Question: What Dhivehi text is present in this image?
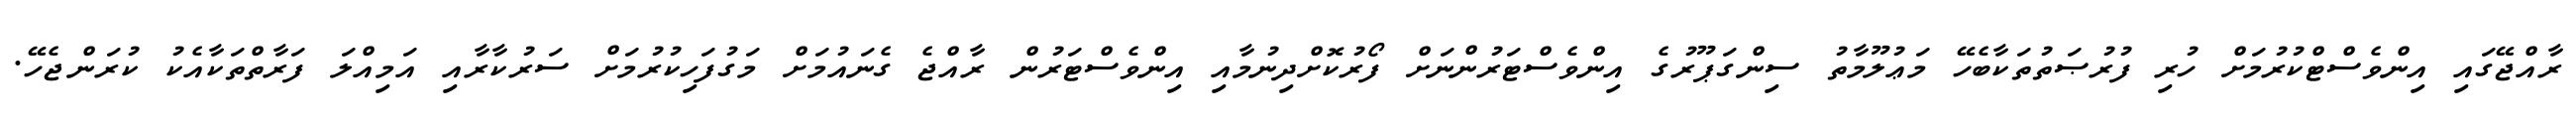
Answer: ރާއްޖޭގައި އިންވެސްޓްކުރުމަށް ހުރި ފުރުޞަތުތަކާބެހޭ މަޢުލޫމާތު ސިންގަޕޫރުގެ އިންވެސްޓަރުންނަށް ފޯރުކޮށްދިނުމާއި އިންވެސްޓަރުން ރާއްޖެ ގެނައުމަށް މަގުފަހިކުރުމަށް ސަރުކާރާއި އަމިއްލަ ފަރާތްތަކާއެކު ކުރަންޖެހޭ.